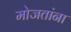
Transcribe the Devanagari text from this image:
मोजतांना